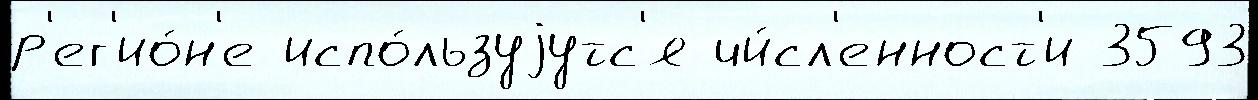
р'ег'ио́н'е испо́льзуjутс'я чи́сл'енност'и 3593